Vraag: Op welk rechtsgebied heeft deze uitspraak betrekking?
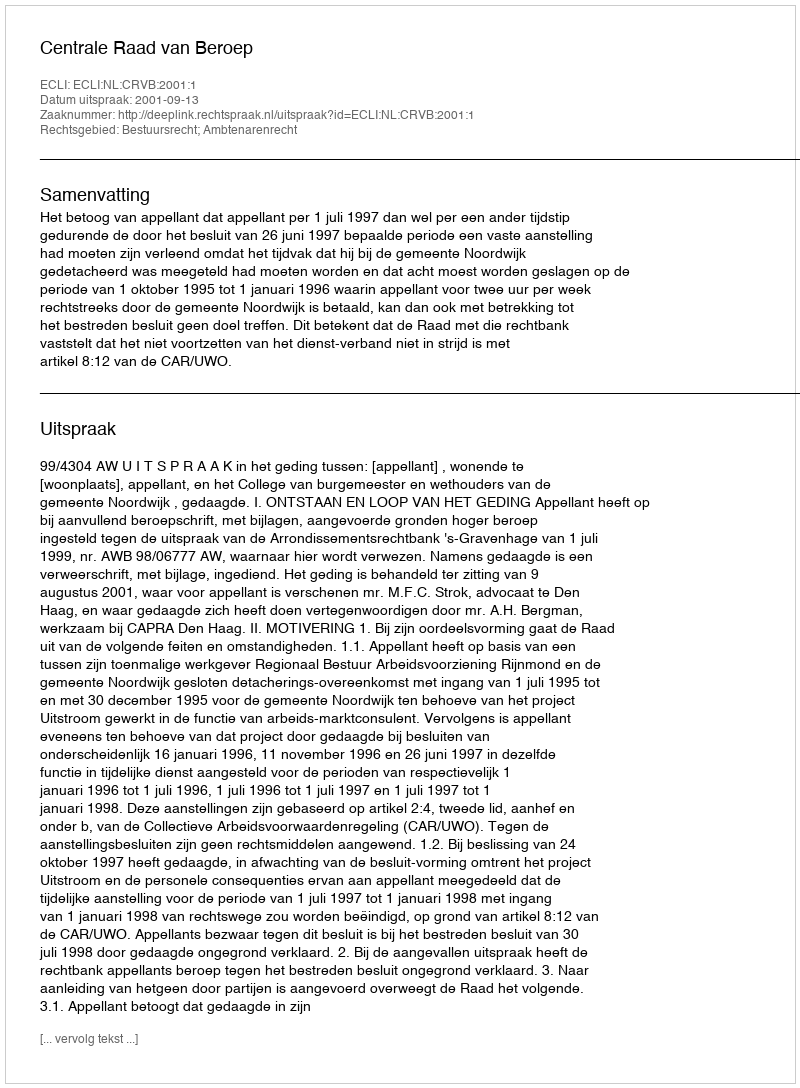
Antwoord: Bestuursrecht; Ambtenarenrecht